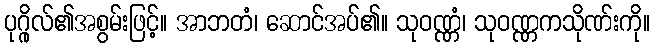
ပုဂ္ဂိုလ်၏အစွမ်းဖြင့်။ အာဘတံ၊ ဆောင်အပ်၏။ သုဝဏ္ဏံ၊ သုဝဏ္ဏကသိုဏ်းကို။